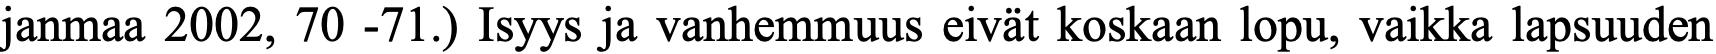
janmaa 2002, 70 -71.) Isyys ja vanhemmuus eivät koskaan lopu, vaikka lapsuuden